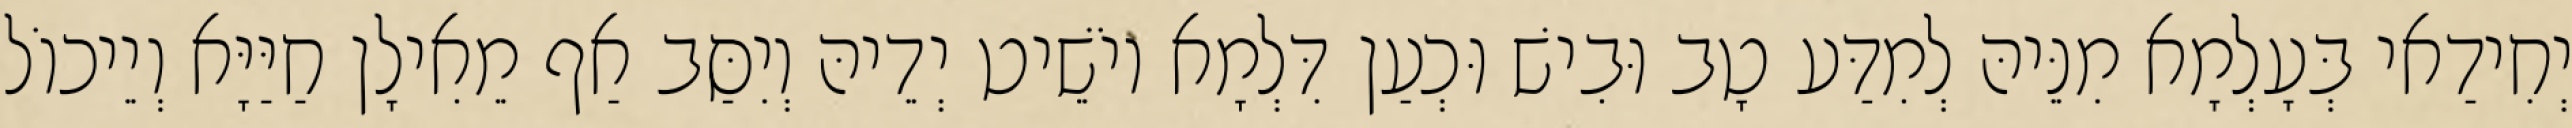
יְחִידַאי בְּעָלְמָא מִנֵּיהּ לְמִדַּע טָב וּבִישׁ וּכְעַן דִּלְמָא יוֹשֵׁיט יְדֵיהּ וְיִסַּב אַף מֵאִילָן חַיַּיָּא וְיֵיכוֹל